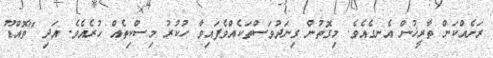
ރަށެއްކަން ތާރީޚުން އެނގެއެވެ. މިގޮތުން ގިނަދުވަސްތަކެއްވެފައިވާ ހުކުރު މިސްކިތެއް ހުރެއެވެ. އަދި "ތޮއްޑޫ